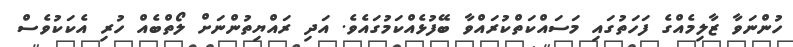
ހުންނަވާ ޒާލިމެއްގެ ފަހަތުގައި މަސައްކަތްކުރައްވާ ބޭފުޅެއްކަމުގައެވެ. އަދި ރައްޔިތުންނަށް ލޯތްބެއް ހުރި އެކަކުވެސް